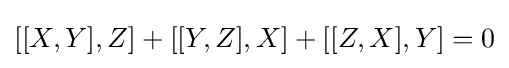
[[X,Y],Z]+[[Y,Z],X]+[[Z,X],Y]=0